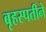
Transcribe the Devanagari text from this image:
बृहस्पतीने